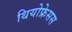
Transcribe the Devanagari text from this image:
थियोफ्रेसस